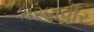
તરણવીર